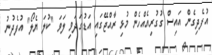
އުފެދިގެން އައިސް ގުގުރިއެއްހެން މުޅި ރާއްޖޭގައި އަޑުގަދަވި ލަވަ "ކުލަ ޔެލޯ" އުފެދުނު